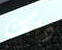
ذلك